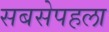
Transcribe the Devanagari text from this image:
सबसेपहला